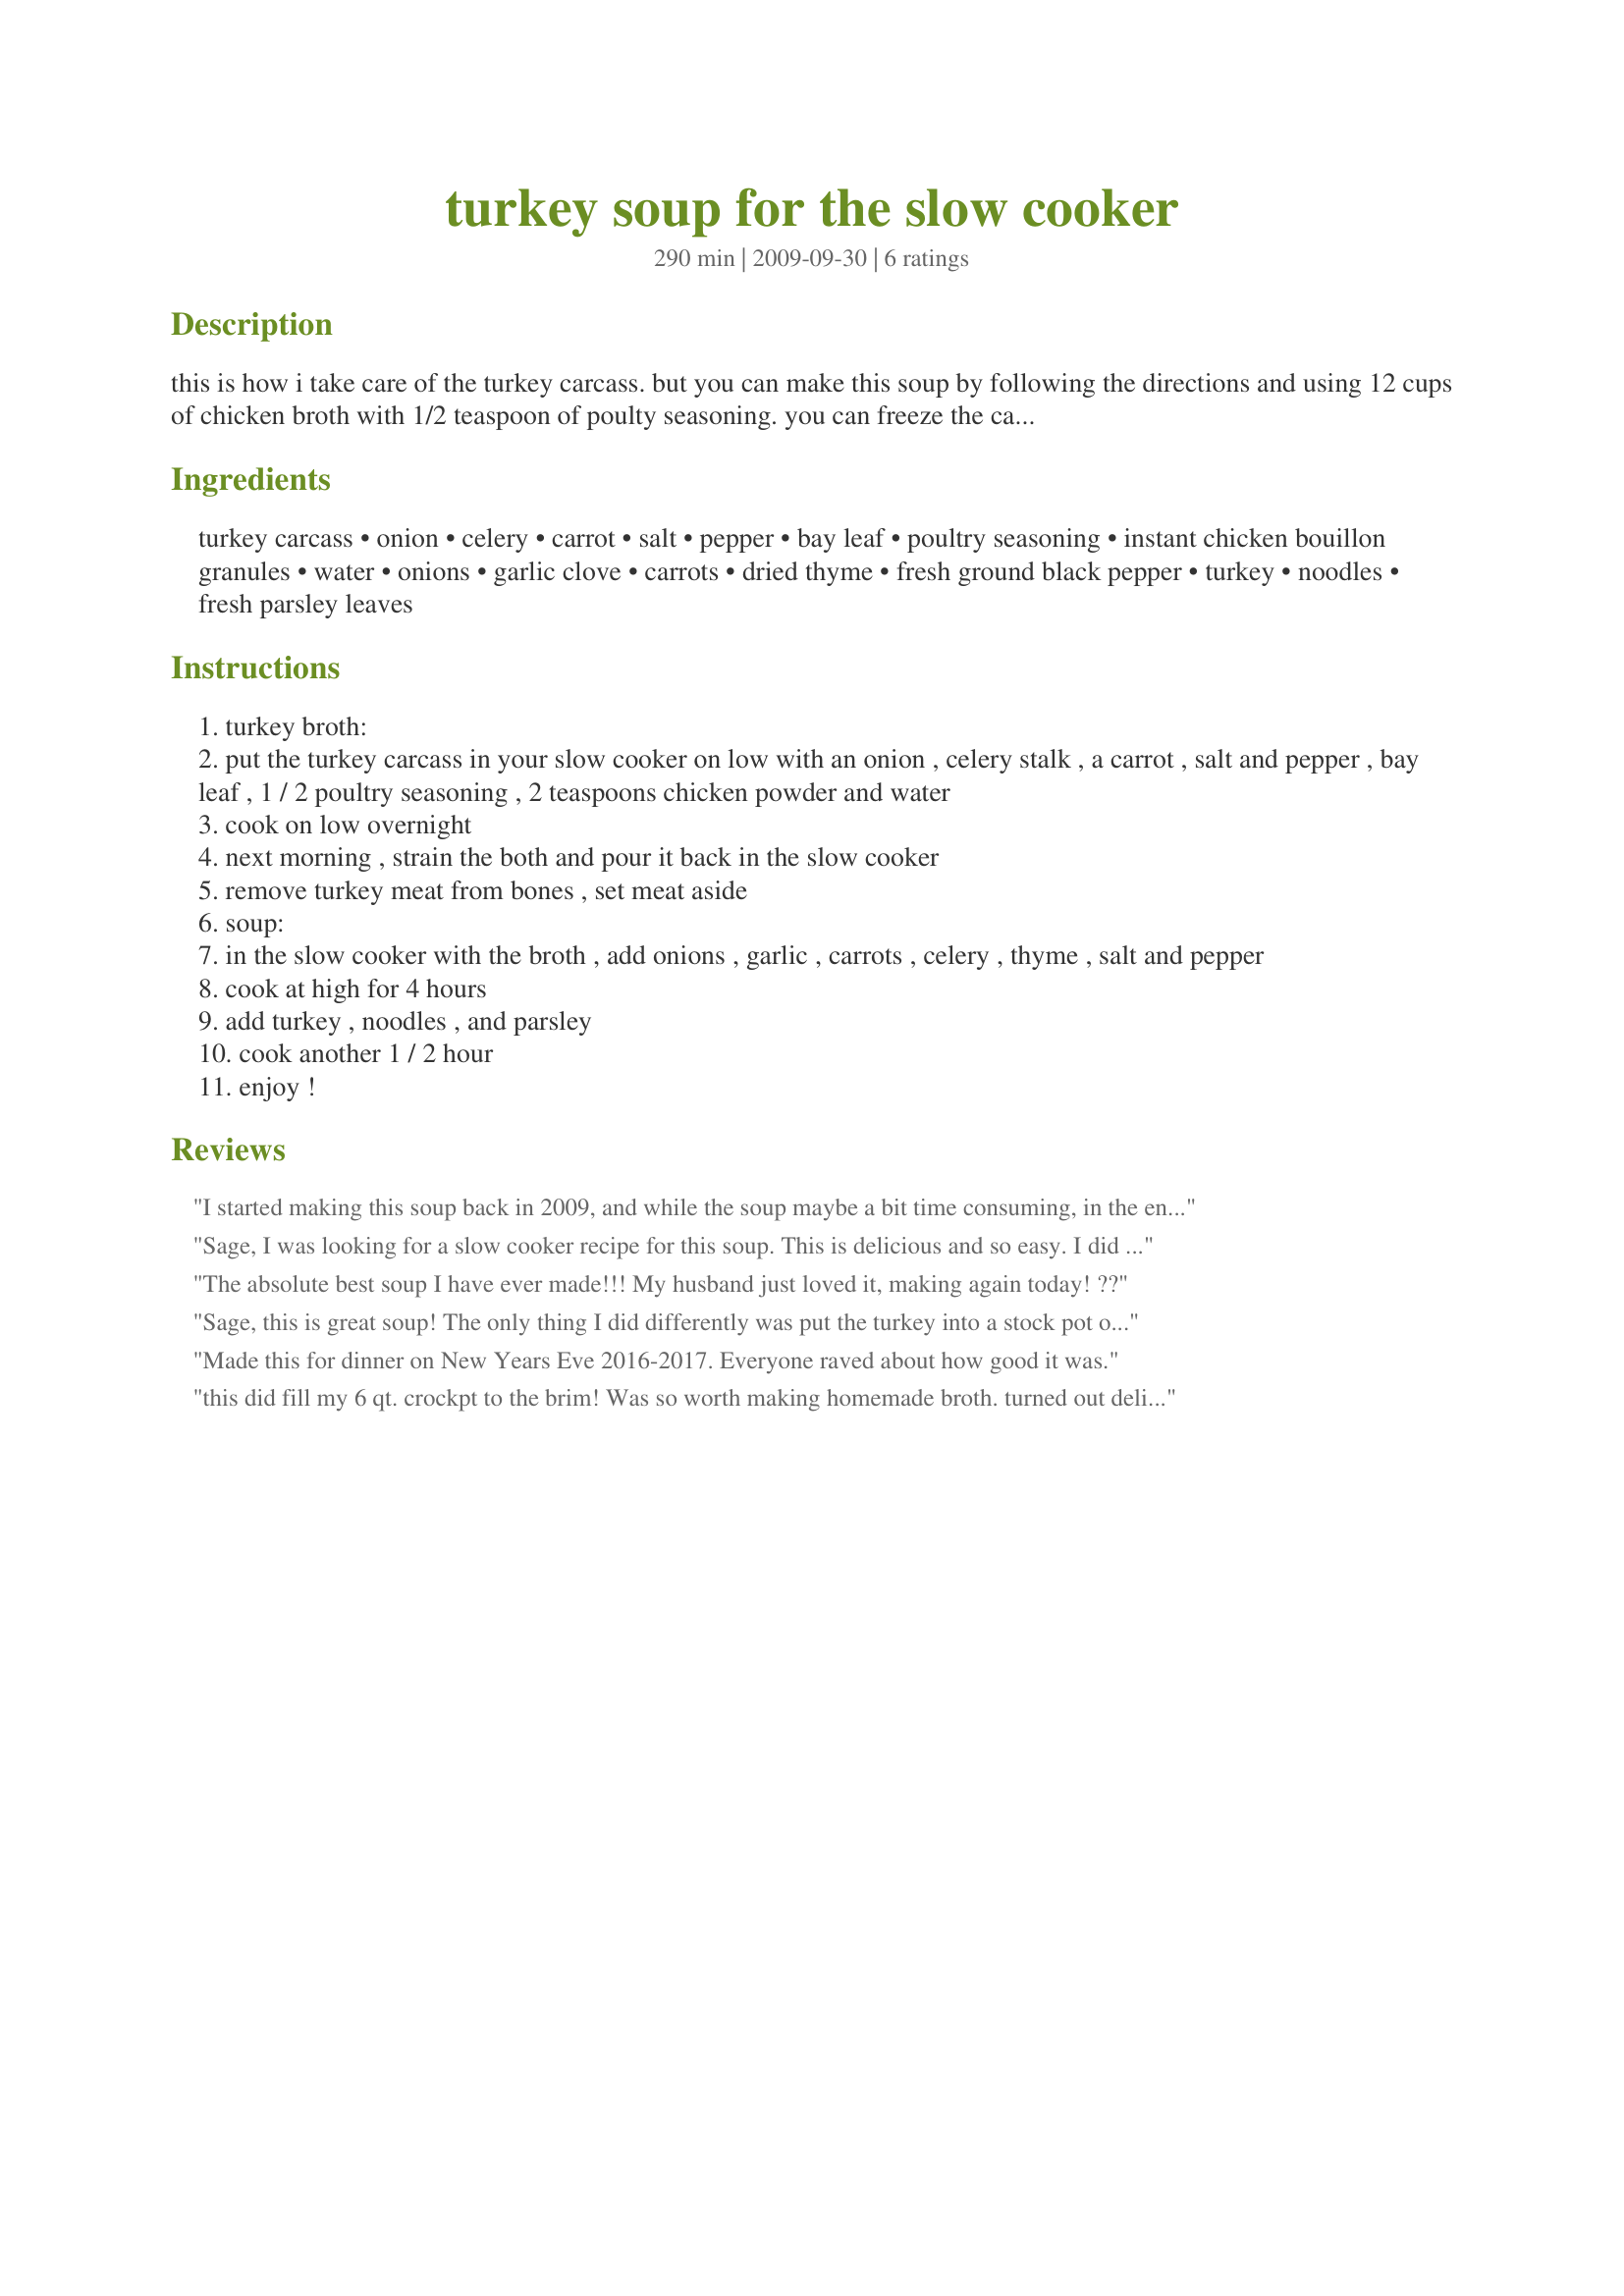
turkey soup for the slow cooker
Preparation time: 290 minutes

this is how i take care of the turkey carcass. but you can make this soup by following the directions and using 12 cups of chicken broth with 1/2 teaspoon of poulty seasoning. you can freeze the carcass and make the broth when convenient for you.

Ingredients:
turkey carcass, onion, celery, carrot, salt, pepper, bay leaf, poultry seasoning, instant chicken bouillon granules, water, onions, garlic clove, carrots, dried thyme, fresh ground black pepper, turkey, noodles, fresh parsley leaves

Steps:
turkey broth:
put the turkey carcass in your slow cooker on low with an onion , celery stalk , a carrot , salt and pepper , bay leaf , 1 / 2 poultry seasoning , 2 teaspoons chicken powder and water
cook on low overnight
next morning , strain the both and pour it back in the slow cooker
remove turkey meat from bones , set meat aside
soup:
in the slow cooker with the broth , add onions , garlic , carrots , celery , thyme , salt and pepper
cook at high for 4 hours
add turkey , noodles , and parsley
cook another 1 / 2 hour
enjoy !

Reviews:
I started making this soup back in 2009, and while the soup maybe a bit time consuming, in the end you will have a really delicious tasting soup. I cooked this soup in my 6-quart slow-cooker (which I highly suggest one uses a 6-quart slow-cooker), and I cooked the broth ingredients... the turkey, vegetables, spices, and water overnight and for 13 hours. I did however, add a bit more of the bouillon granules (2 Tablespoons) as per instructed in the cooking directions, and not the 2 tsp., as listed in the ingredients, but I only added 1/4 teaspoon of the pepper (rather than a 1/2 teaspoon), plus I also added 2 bay leaves. After straining the broth, and returning it to the slow-cooker, I ended up with 10-1/2 cups of the broth. When it came to adding the ingredients to make the soup the next day, I only added a 1/2 cup of diced onion, (rather than the 2 onions) and I thought that was more than enough onion (taste wise). But, I did add 4 carrots, thinly sliced (rather than the 2 carrots) or you can use 12-ounces of sliced baby carrots in place of the 4 carrots, plus I added 2 large cloves of garlic, minced. Instead of chopping the celery, I thinly sliced it, and the total amount of spices I added to the recipe were as follow... 1/2 tsp salt, 1/4 tsp dried basil leaves, 1/4 tsp dried majoram, 1/4 tsp dried oregano, 1/4 tsp dried thyme, and 1/4 tsp ground black pepper, but the next time I will just add an 1/8 tsp, or omit the additional pepper all together. As for the noodles, I added 8 ounces (2 cups) of Rotini (spiral shaped pasta). Also, I did add 3 - 4 cups of turkey meat. One more thing... when adding the parsley, I used dried parsley, and just added 1 teaspoon. Thank you Sage for posting this slow-cooked soup recipe. It was an easy way to make a soup with your leftover turkey carcass, meat, etc... Plus it was very good!!
Sage, I was looking for a slow cooker recipe for this soup. This is delicious and so easy. I did not use the turkey carcass, just tossed in some of my cut up turkey meat. Doubled
the thyme and poultry seasonning. Used "chicken base" that comes in a jar instead of bouillon. Used 7 oz Pennsylvania Dutch broad noodles. Delicious!!
Great with a slice of Italian bread. Thanks for sharing.
Chef #720649
The absolute best soup I have ever made!!! My husband just loved it, making again today! ??
Sage, this is great soup! The only thing I did differently was put the turkey into a stock pot only b/c I have a smaller crock pot. When I did the second phase I lined the crock pot with some cheapo liners I had bought from Amazon so the clean up was super easy after the second phase. Next time I will double the garlic, thyme, and pepper for the second phase. Made for Theirs, Yours, & Mine game.
Made this for dinner on New Years Eve 2016-2017. Everyone raved about how good it was.
this did fill my 6 qt. crockpt to the brim! Was so worth making homemade broth. turned out delicious and amazed at the meat i got from carcass in addition to what i had carved. Thank you
